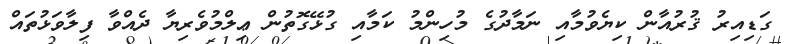
ގަޑިއިރު ޤުރުއާން ކިޔެވުމާއި ނަމާދުގެ މުހިންމު ކަމާއި ގުޅޭގޮތުން ޢިލްމުވެރިޔާ ދެއްވާ ފިލާވަޅުތައް